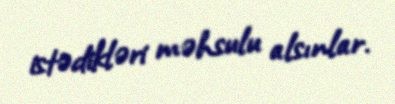
istədikləri məhsulu alsınlar.